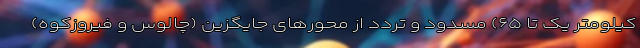
کیلومتر یک تا ۶۵) مسدود و تردد از محورهای جایگزین (چالوس و فیروزکوه)